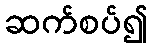
ဆက်စပ်၍